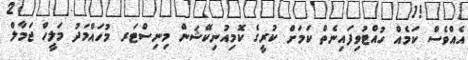
އެއްވެސް ކަމެއް ހުއްޓުވިފައިނެތް ކަމަށް ކުރީގެ ކޮމިއުނިކޭޝަން މިނިސްޓަރ މުހައްމަދު މަލީހް ޖަމާލް